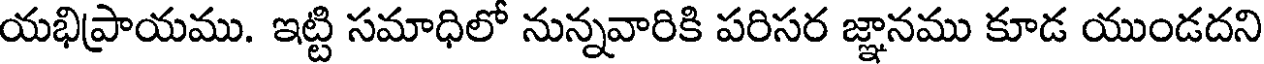
యభిప్రాయము. ఇట్టి సమాధిలో నున్నవారికి పరిసర జ్ఞానము కూడ యుండదని